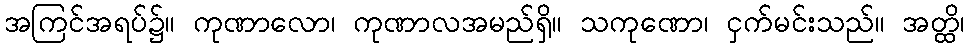
အကြင်အရပ်၌။ ကုဏာလော၊ ကုဏာလအမည်ရှိ။ သကုဏော၊ ငှက်မင်းသည်။ အတ္ထိ၊